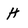
Character: H